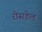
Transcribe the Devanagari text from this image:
रोसडेल